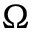
\Omega